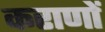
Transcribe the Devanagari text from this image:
कराणों